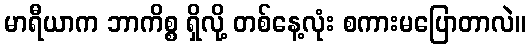
မာရီယာက ဘာကိစ္စ ရှိလို့ တစ်နေ့လုံး စကားမပြောတာလဲ။